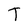
Character: T